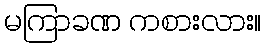
မကြာခဏ ကစားလား။